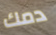
دمك